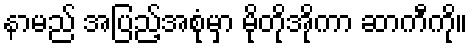
နာမည် အပြည့်အစုံမှာ မိုတိုအိုကာ ဆာကီကို။